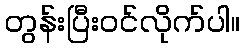
တွန်းပြီးဝင်လိုက်ပါ။